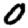
Digit: 0